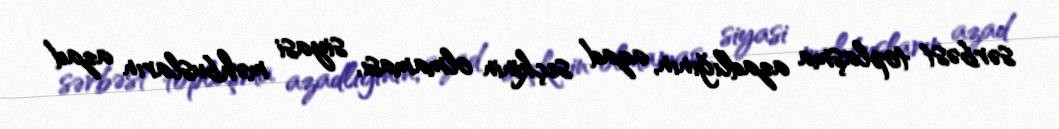
sərbəst toplaşma azadlığının, azad seçkinin olmaması, siyasi məhbusların azad